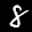
Label: 8